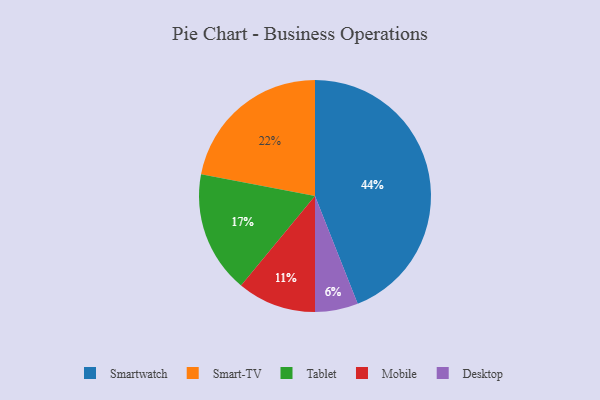
{"axis": {"x": "Category", "y": "Percentage"}, "legend": ["Desktop", "Mobile", "Smart-TV", "Smartwatch", "Tablet"], "data": [{"x": "Smartwatch", "y": 44, "type": "Smartwatch"}, {"x": "Smart-TV", "y": 22, "type": "Smart-TV"}, {"x": "Tablet", "y": 17, "type": "Tablet"}, {"x": "Desktop", "y": 6, "type": "Desktop"}, {"x": "Mobile", "y": 11, "type": "Mobile"}]}